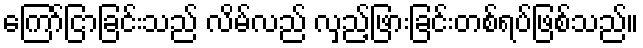
ကြော်ငြာခြင်းသည် လိမ်လည် လှည့်ဖြားခြင်းတစ်ရပ်ဖြစ်သည်။